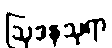
ဩဒနသုရာ